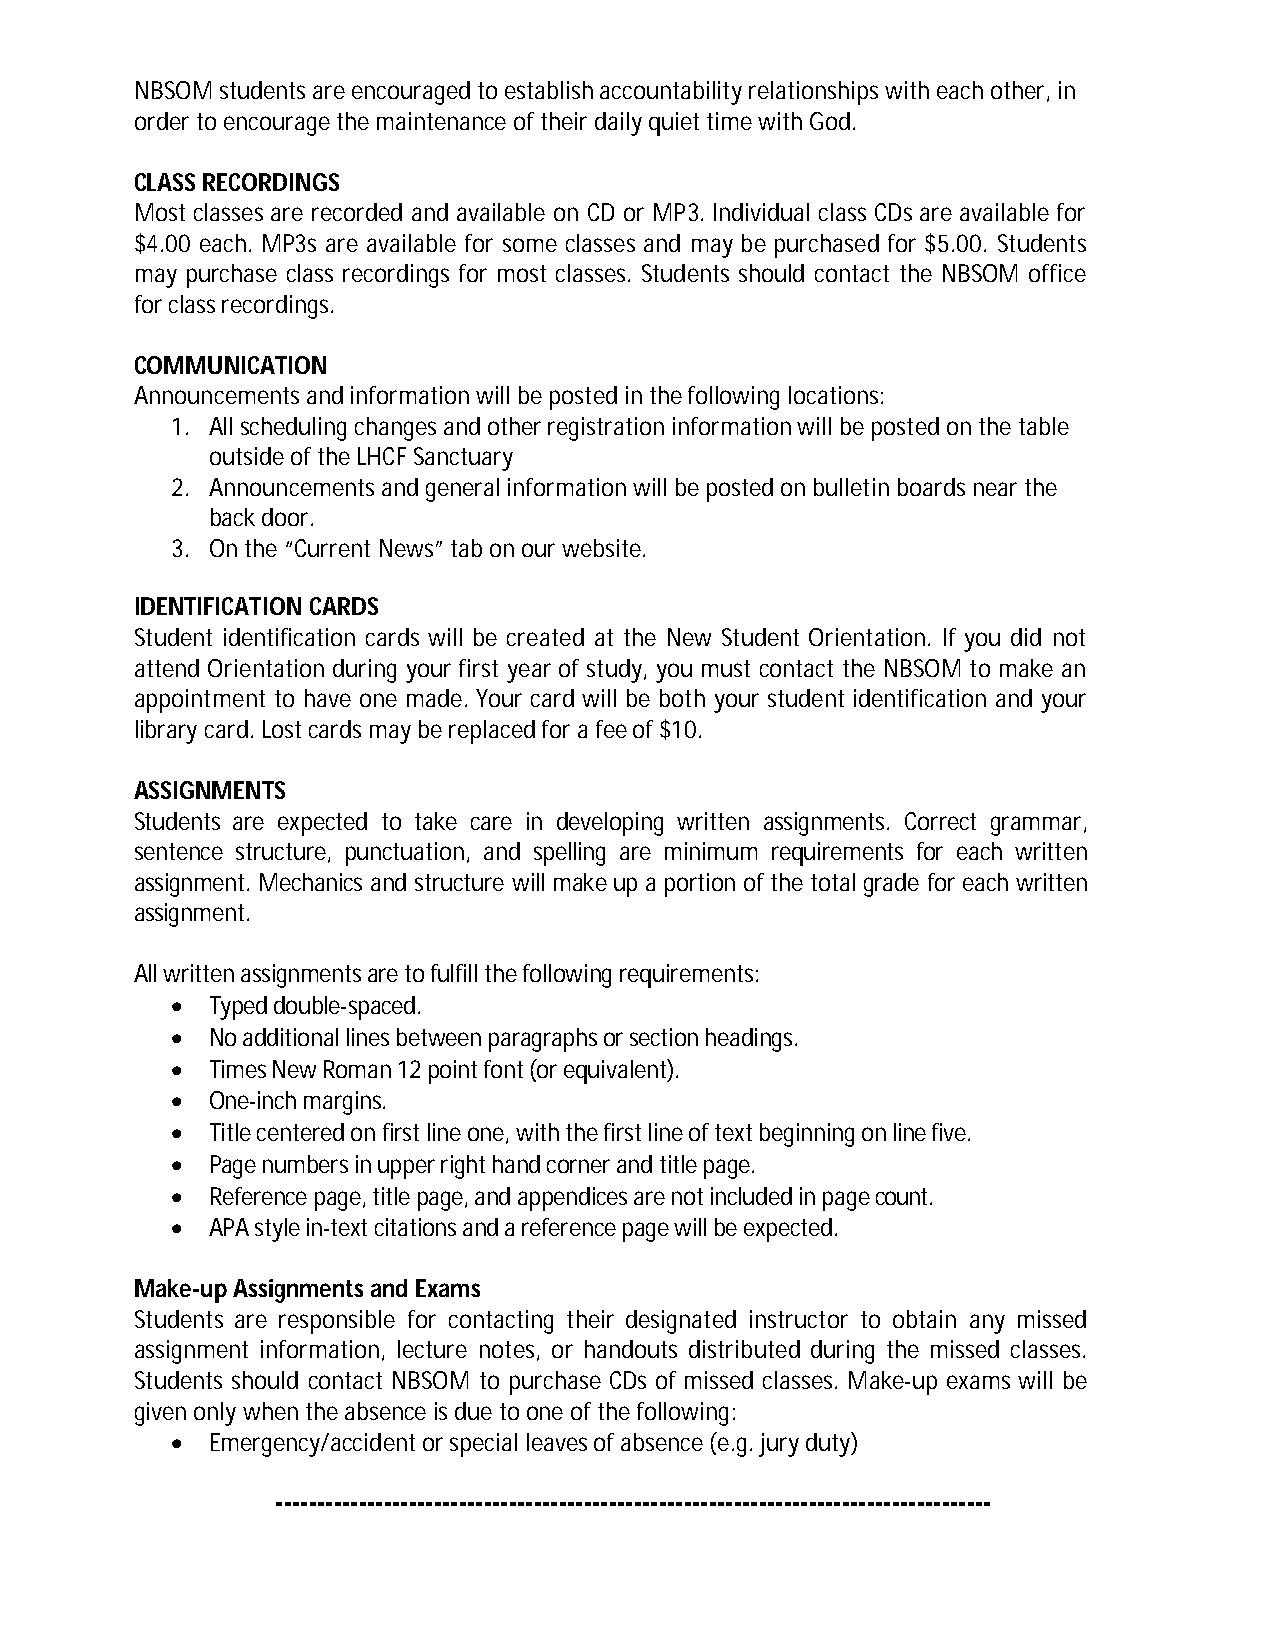
NBSOM students are encouraged to establish accountability relationships with each other, in
 order to encourage the maintenance of their daily quiet time with God.
 CLASS RECORDINGS
 Most classes are recorded and available on CD or MP3. Individual class CDs are available for
 $4.00 each. MP3s are available for some classes and may be purchased for $5.00. Students
 may purchase class recordings for most classes. Students should contact the NBSOM office
 for class recordings.
 COMMUNICATION
 Announcements and information will be posted in the following locations:
 1. All scheduling changes and other registration information will be posted on the table
 outside of the LHCF Sanctuary
 2. Announcements and general information will be posted on bulletin boards near the
 back door.
 3. On the “Current News” tab on our website.
 IDENTIFICATION CARDS
 Student identification cards will be created at the New Student Orientation. If you did not
 attend Orientation during your first year of study, you must contact the NBSOM to make an
 appointment to have one made. Your card will be both your student identification and your
 library card. Lost cards may be replaced for a fee of $10.
 ASSIGNMENTS
 Students are expected to take care in developing written assignments. Correct grammar,
 sentence structure, punctuation, and spelling are minimum requirements for each written
 assignment. Mechanics and structure will make up a portion of the total grade for each written
 assignment.
 All written assignments are to fulfill the following requirements:
   Typed double-spaced.
   No additional lines between paragraphs or section headings.
   Times New Roman 12 point font (or equivalent).
   One-inch margins.
   Title centered on first line one, with the first line of text beginning on line five.
   Page numbers in upper right hand corner and title page.
   Reference page, title page, and appendices are not included in page count.
   APA style in-text citations and a reference page will be expected.
 Make-up Assignments and Exams
 Students are responsible for contacting their designated instructor to obtain any missed
 assignment information, lecture notes, or handouts distributed during the missed classes.
 Students should contact NBSOM to purchase CDs of missed classes. Make-up exams will be
 given only when the absence is due to one of the following:
   Emergency/accident or special leaves of absence (e.g. jury duty)
 --------------------------------------------------------------------------------------